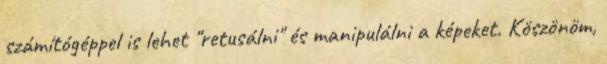
számítógéppel is lehet "retusálni" és manipulálni a képeket. Köszönöm,